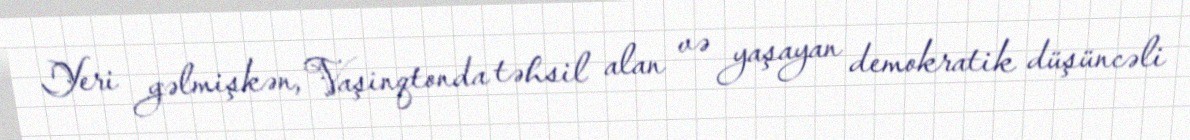
Yeri gəlmişkən, Vaşinqtonda təhsil alan və yaşayan demokratik düşüncəli